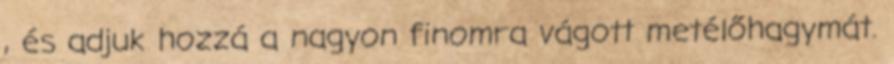
, és adjuk hozzá a nagyon finomra vágott metélőhagymát.